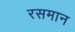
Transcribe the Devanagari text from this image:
रसमान